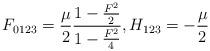
LaTeX: \begin{align*}F_{0123} = {\mu \over 2} { {1 - {F^2 \over 2}} \over { 1 - {F^2 \over 4}}} , H_{123} = -{\mu \over 2}\end{align*}